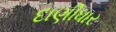
દાણીધાર